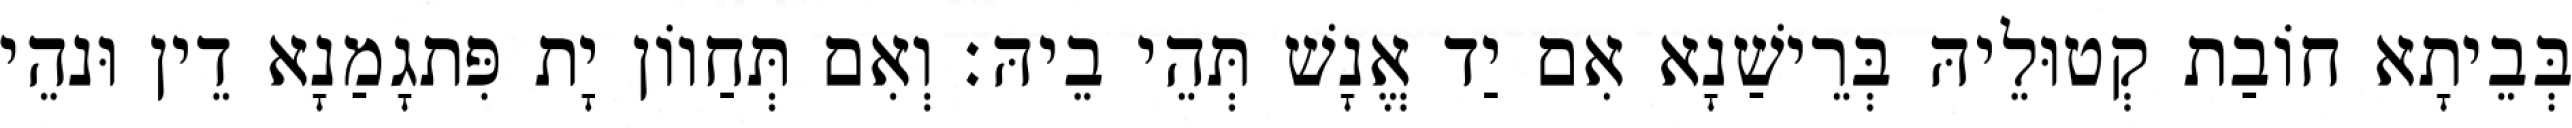
בְּבֵיתָא חוֹבַת קְטוּלֵיהּ בְּרֵישַׁנָא אִם יַד אֱנָשׁ תְּהֵי בֵיהּ׃ וְאִם תְּחַווֹן יָת פִּתגָמַנָא דֵין וּנהֵי